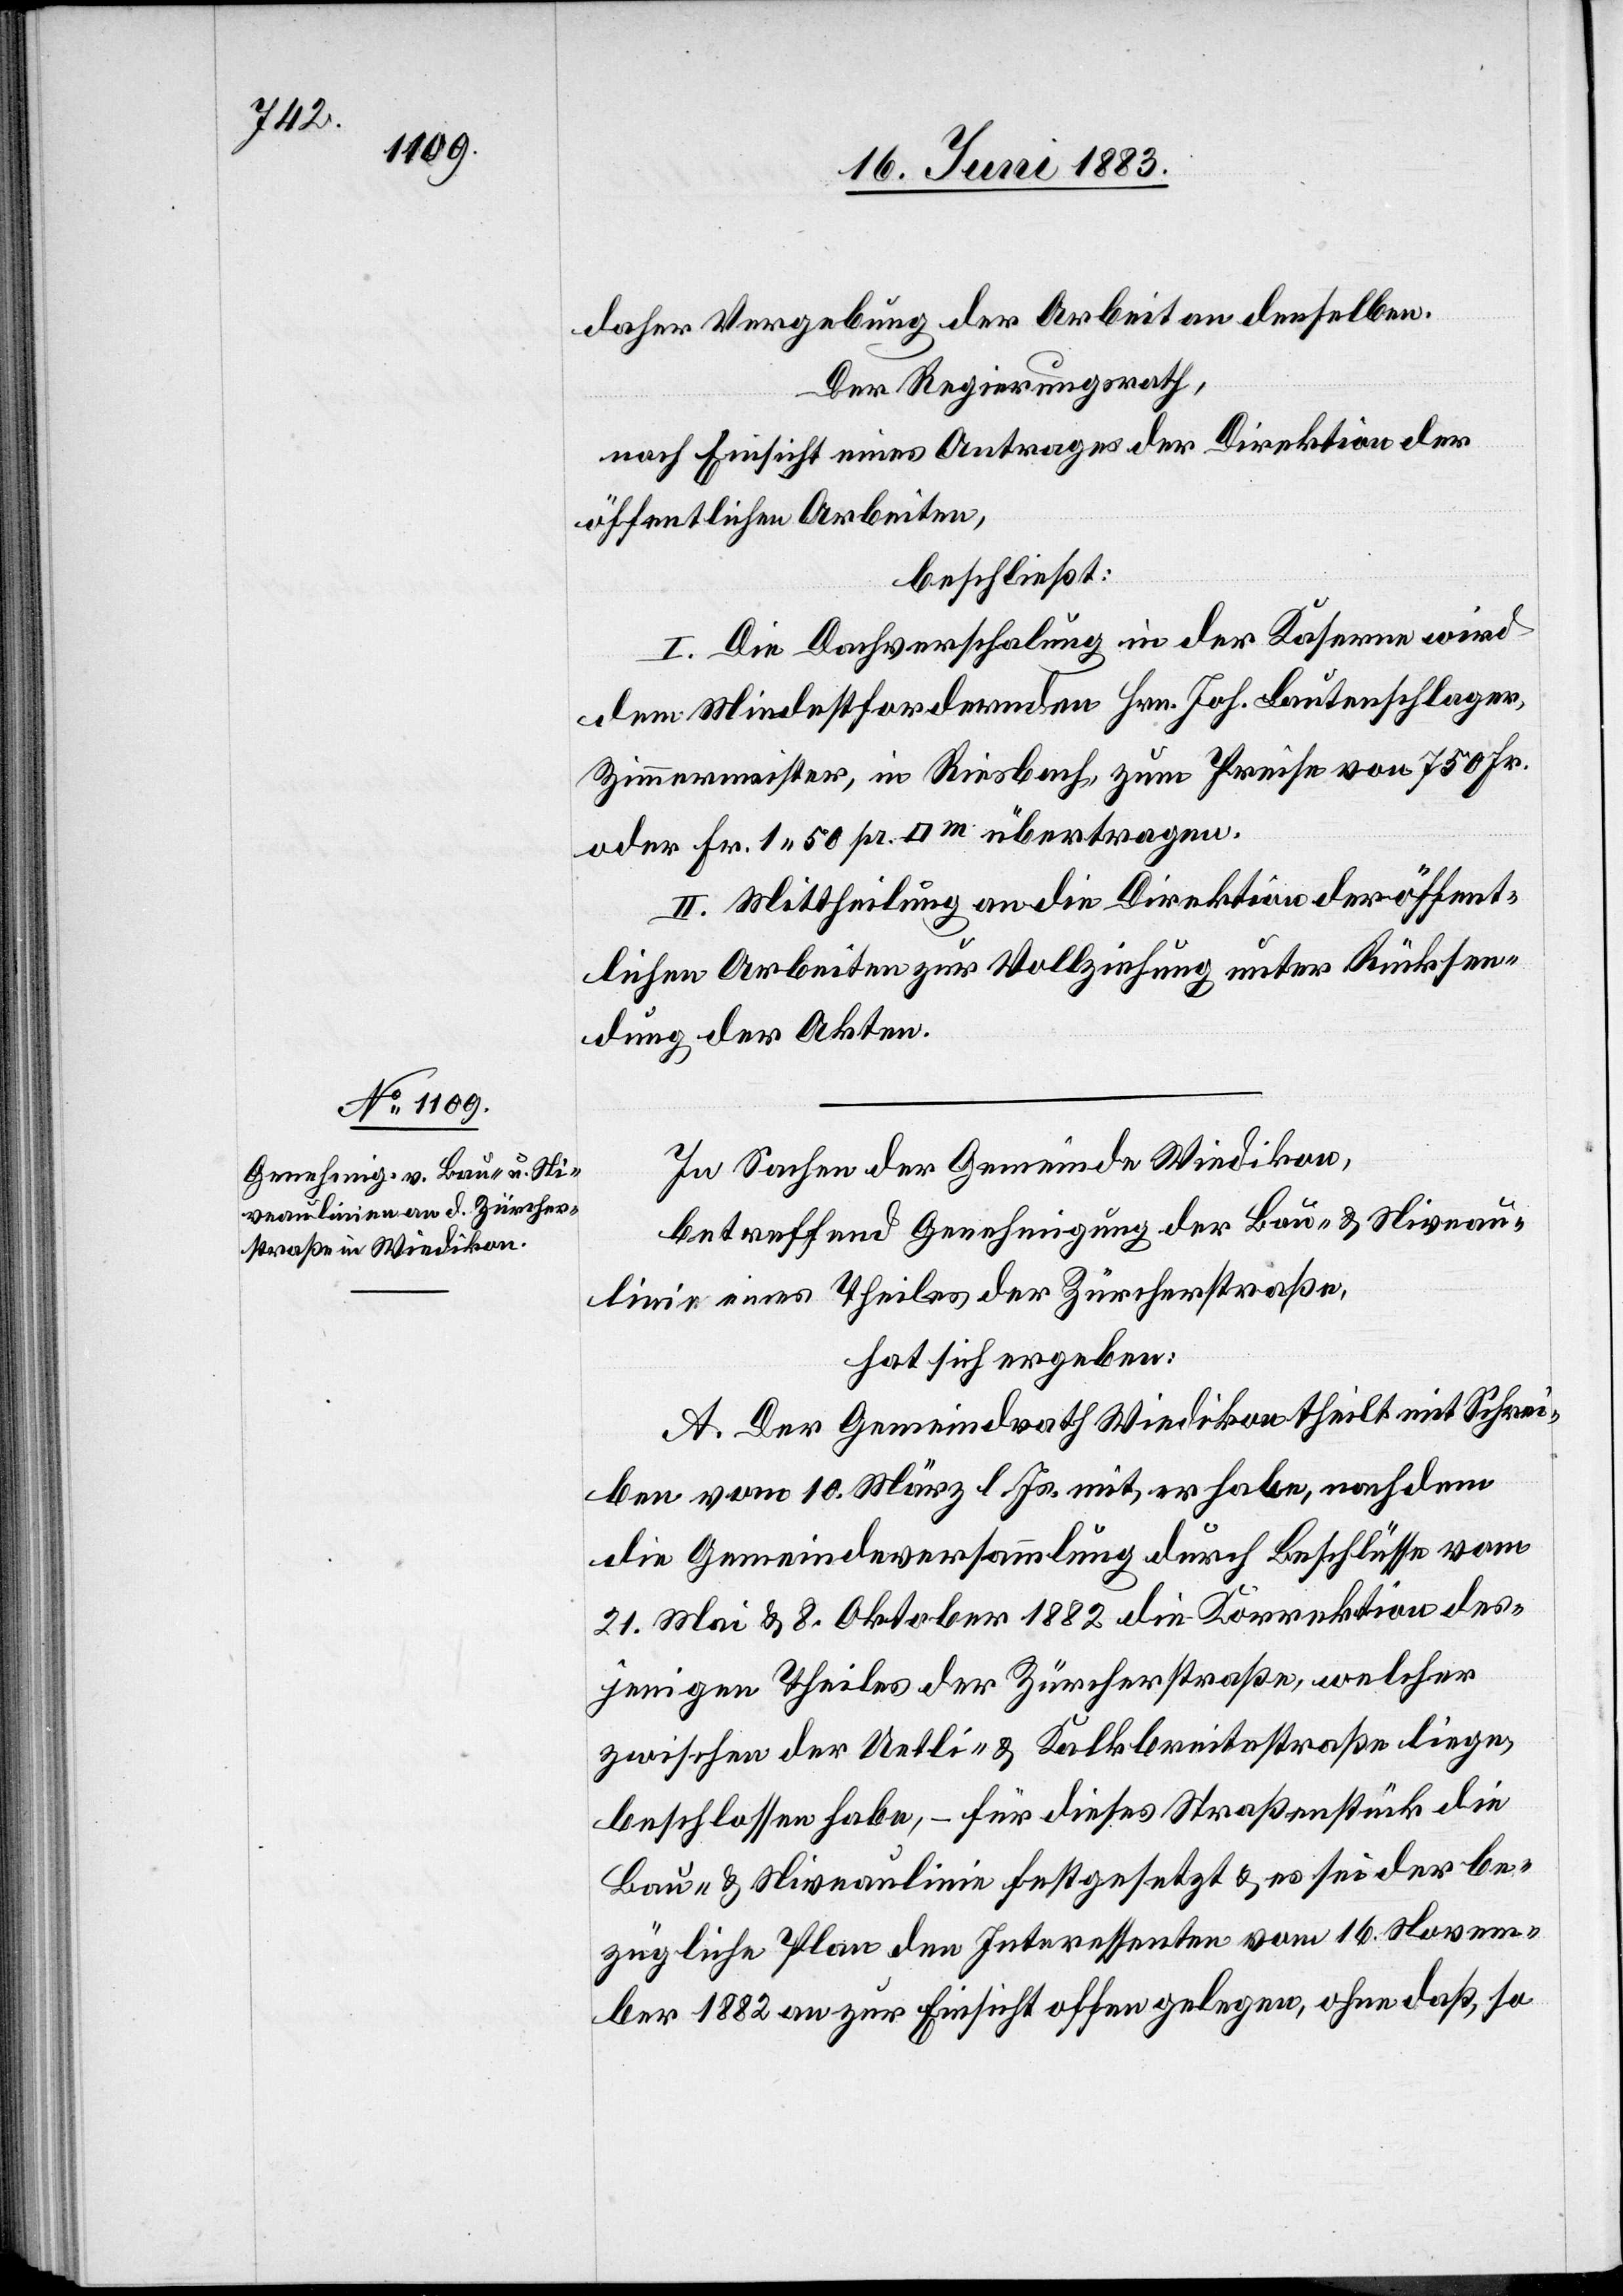
daher Vergebung der Arbeiten an denselben.
Der Regierungsrath,
nach Einsicht eines Antrages der Direktion der
öffentlichen Arbeiten,
beschließt:
I. Die Dachverschalung in der Kaserne wird
dem Mindestfordernden Hrn. Joh. Lautenschlager,
Zimmermeister, in Riesbach, zum Preise von 750 Fr.
oder Fr. 1 50 pr. [Quadratmeter] übertragen.
II. Mittheilung an die Direktion der öffent¬
lichen Arbeiten zur Vollziehung unter Rücksen¬
dung der Akten.
In Sachen der Gemeinde Wiedikon,
betreffend Genehmigung der Bau- und Niveau¬
linie eines Theiles der Zürcherstraße,
hat sich ergeben:
A. Der Gemeindrath Wiedikon theilt mit Schrei¬
ben vom 10. März l. Js. mit, er habe, nachdem
die Gemeindeversammlung durch Beschlüsse vom
21. Mai & 8. Oktober 1882 die Korrektion des¬
jenigen Theiles der Zürcherstraße, welcher
zwischen der Uetli- & Kalkbreitestraße liege,
beschlossen habe, – für dieses Straßenstück die
Bau- & Niveaulinie festgesetzt & es sei der be¬
zügliche Plan den Interessenten vom 16. Novem¬
ber 1882 an zur Einsicht offen gelegen, ohne daß, so